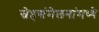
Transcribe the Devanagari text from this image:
स्नेहसंमेलनांमध्ये